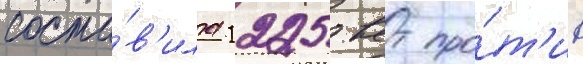
соста́в'ила 1225 квт про́т'ив